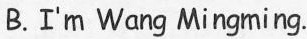
B.Ⅰ'm Wang Mingming.